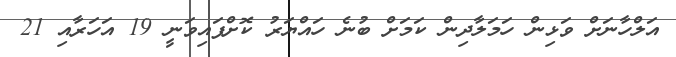
އަލްހާނަށް ވަޅިން ހަމަލާދިން ކަމަށް ބުނެ ހައްޔަރު ކޮށްފައިވަނީ 19 އަހަރާއި 21